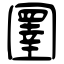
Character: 圛